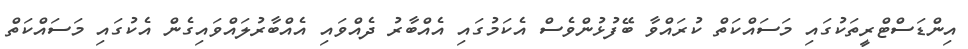
އިންޑަސްޓްރީތަކުގައި މަސައްކަތް ކުރައްވާ ބޭފުޅުންވެސް އެކަމުގައި އެއްބާރު ދެއްވައި އެއްބާރުލައްވައިގެން އެކުގައި މަސައްކަތް